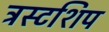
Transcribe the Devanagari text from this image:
ट्रस्टशिप